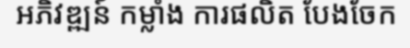
អភិវឌ្ឍន៍ កម្លាំង ការផលិត បែងចែក